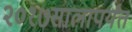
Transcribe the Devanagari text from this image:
२०१७सालापर्यंत